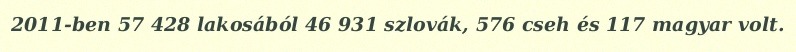
2011-ben 57 428 lakosából 46 931 szlovák, 576 cseh és 117 magyar volt.